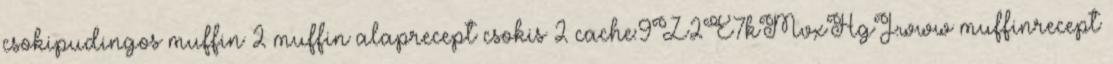
csokipudingos muffin 2 muffin alaprecept csokis 2 cache:9Z2E7kMvxHgJ:www muffinrecept